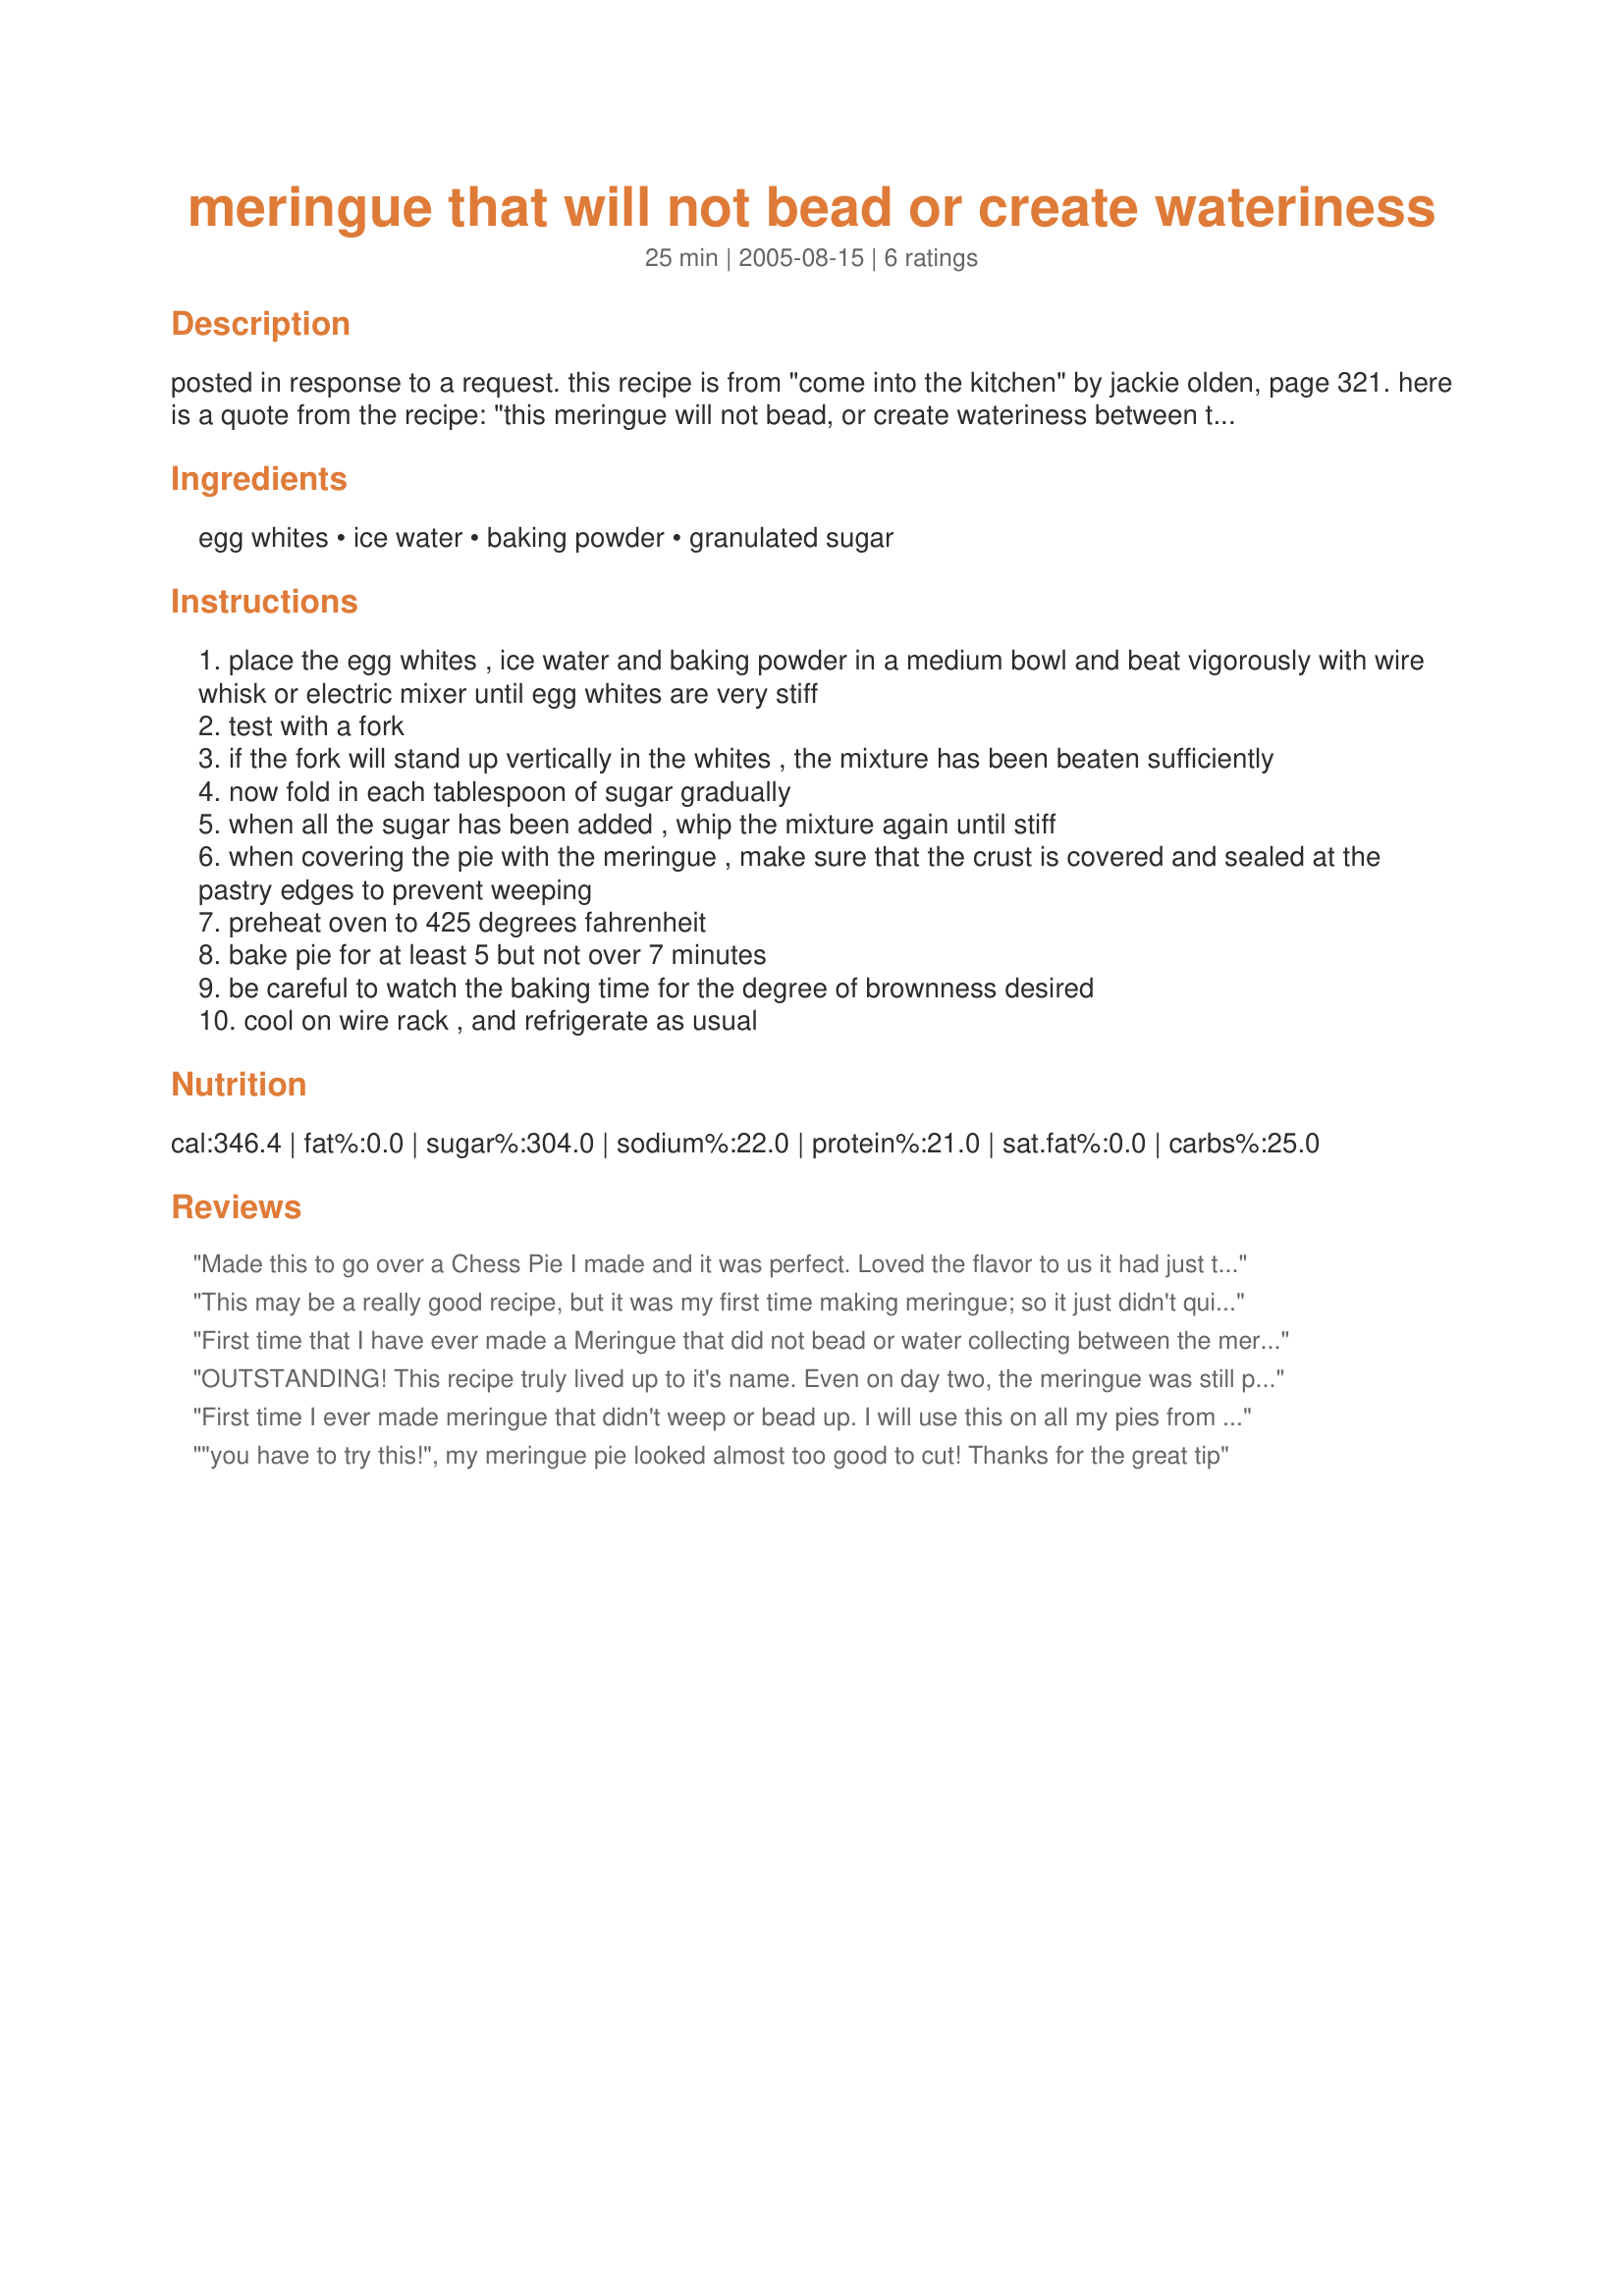
meringue that will not bead or create wateriness
Preparation time: 25 minutes

posted in response to a request. this recipe is from "come into the kitchen" by jackie olden, page 321. here is a quote from the recipe: "this meringue will not bead, or create wateriness between the meringue and the pie filling. in addition, the meringue will stand up for the second day, if the instructions are followed carefully."

Ingredients:
egg whites, ice water, baking powder, granulated sugar

Steps:
place the egg whites , ice water and baking powder in a medium bowl and beat vigorously with wire whisk or electric mixer until egg whites are very stiff
test with a fork
if the fork will stand up vertically in the whites , the mixture has been beaten sufficiently
now fold in each tablespoon of sugar gradually
when all the sugar has been added , whip the mixture again until stiff
when covering the pie with the meringue , make sure that the crust is covered and sealed at the pastry edges to prevent weeping
preheat oven to 425 degrees fahrenheit
bake pie for at least 5 but not over 7 minutes
be careful to watch the baking time for the degree of brownness desired
cool on wire rack , and refrigerate as usual

Reviews:
Made this to go over a Chess Pie I made and it was perfect. Loved the flavor to us it had just the right amount of sweetness, I was surprised at the addition of baking powder but it sure worked. I'll be using this whenever I want a meringue from now on. Thanks for posting.
This may be a really good recipe, but it was my first time making meringue; so it just didn't quite work out. I could not get the egg white mixture to thicken enough to hold a fork up. It did work okay for what ti was though. I ended up baking it even though I knew it wasn't thick enough, and it worked; it just didn't work as well as it could have. It ended up kind of flat. So, I'm going to try to find a clearer, easier recipe to start with. Thank you anyway!
First time that I have ever made a Meringue that did not bead or water collecting between the meringue and the custard. Love it, the only thing that I can say is that next time I will add a little more sugar. It is not quite sweet enough,
OUTSTANDING! This recipe truly lived up to it's name. Even on day two, the meringue was still perfect - no shrinkage at all! Edited to say that I made this again on hubby's birthday and it worked perfectly again! I did learn an important lesson though, don't pile it on so high that it won't fit in you pie keeper :lol: Thanks again FoodTVFan
First time I ever made meringue that didn't weep or bead up. I will use this on all my pies from now on. Great recipe. Thanks for sharing.
"you have to try this!", my meringue pie looked almost too good to cut! Thanks for the great tip
